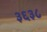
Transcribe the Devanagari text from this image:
३६३८